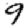
Digit: 9